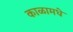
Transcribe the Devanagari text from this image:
काळामधे